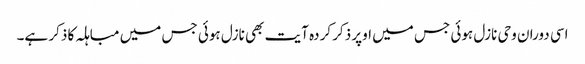
اسی دوران وحی نازل ہوئی جس میں اوپر ذکر کردہ آیت بھی نازل ہوئی جس میں مباہلہ کا ذکر ہے۔